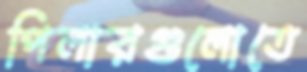
পিলারগুলোতে